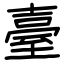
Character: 臺